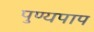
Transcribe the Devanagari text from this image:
पुण्यपाप